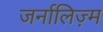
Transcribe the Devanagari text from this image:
जर्नालिज़्म